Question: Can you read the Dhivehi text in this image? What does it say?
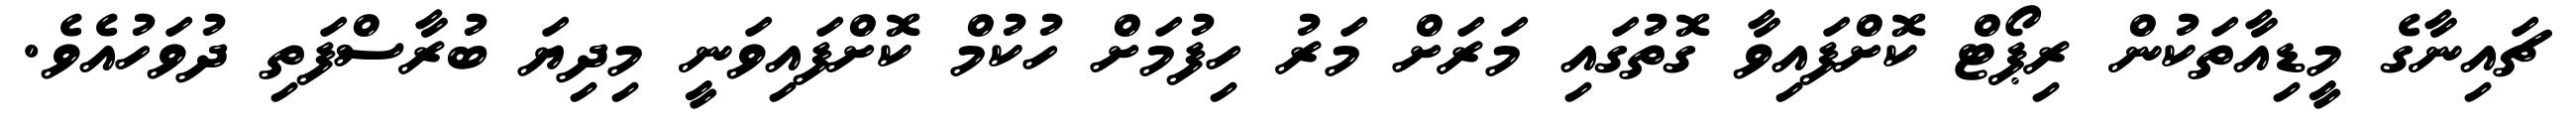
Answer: ޗައިނާގެ މީޑިއާތަކުން ރިޕޯޓް ކޮށްފައިވާ ގޮތުގައި މަރަށް މަރު ހިފުމަށް ހުކުމް ކޮށްފައިވަނީ މިދިޔަ ބުރާސްފަތި ދުވަހުއެވެ.